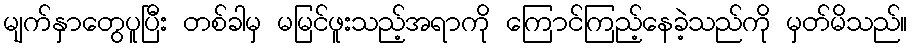
မျက်နှာတွေပူပြီး တစ်ခါမှ မမြင်ဖူးသည့်အရာကို ကြောင်ကြည့်နေခဲ့သည်ကို မှတ်မိသည်။